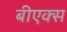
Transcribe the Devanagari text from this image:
बीएक्स